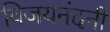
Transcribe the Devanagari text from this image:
विजयनंदनी